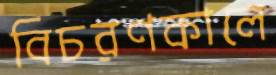
বিচরণকালে